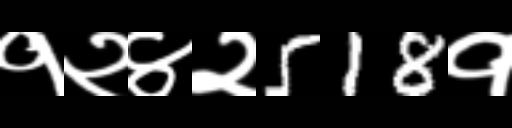
Text: १२४२518१